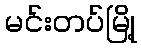
မင်းတပ်မြို့